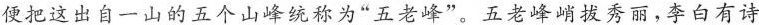
便把这出自一山的五个山峰统称为“五老峰”。五老峰峭拔秀丽，李百有诗